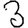
Digit: 3